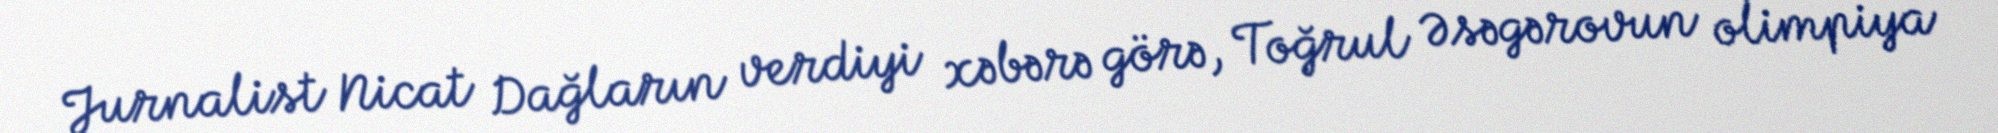
Jurnalist Nicat Dağların verdiyi xəbərə görə, Toğrul Əsəgərovun olimpiya